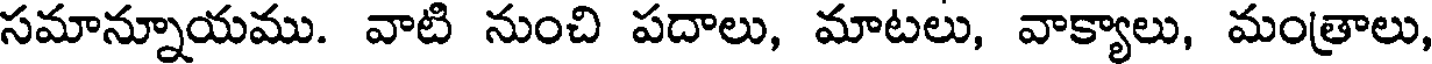
సమాన్నూయము. వాటి నుంచి పదాలు, మాటలు, వాక్యాలు, మంత్రాలు,